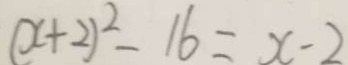
( x + 2 ) ^ { 2 } - 1 6 = x - 2